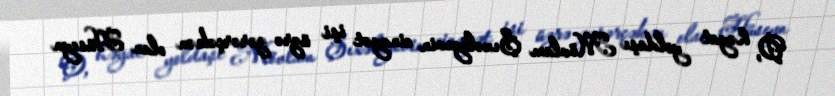
O, həyat yoldaşı Mövlam Şıxəliyevin cinayət işi üzrə zərərçəkən olan Hüseyn